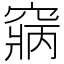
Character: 𥧃